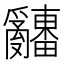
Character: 𤕌